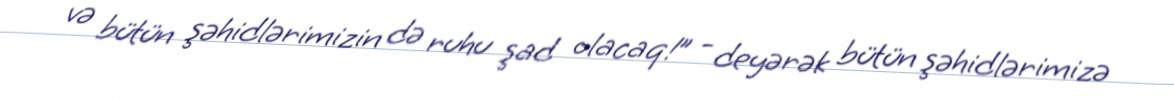
və bütün şəhidlərimizin də ruhu şad olacaq!” - deyərək bütün şəhidlərimizə